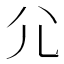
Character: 尣